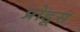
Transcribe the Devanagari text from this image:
प्रोडूस